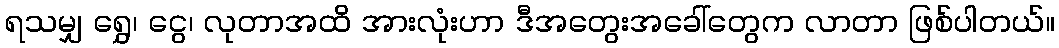
ရသမျှ ရွှေ၊ ငွေ၊ လုတာအထိ အားလုံးဟာ ဒီအတွေးအခေါ်တွေက လာတာ ဖြစ်ပါတယ်။